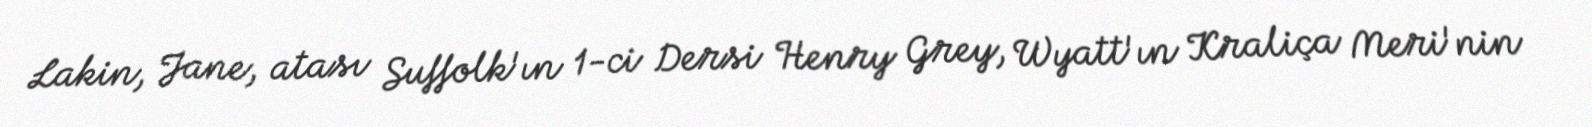
Lakin, Jane, atası Suffolk'ın 1-ci Dersi Henry Grey, Wyatt'ın Kraliça Meri'nin